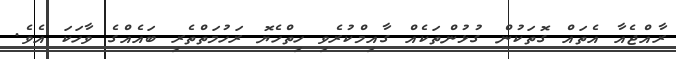
ރާއްޖެއާ އެތައް ގޮތަކުން ގުޅުންތަކެއް ގާއިމްކުރެވި ހިތްހެޔޮ ރަހުމަތްތެރި ބައެއްގެ ވާހަކަ އެވެ.